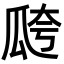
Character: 𤫸